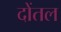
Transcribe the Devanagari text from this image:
दोंतल